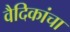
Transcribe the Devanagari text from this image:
वैदिकांचा